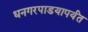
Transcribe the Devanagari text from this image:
धनगरपाडयापर्यंत